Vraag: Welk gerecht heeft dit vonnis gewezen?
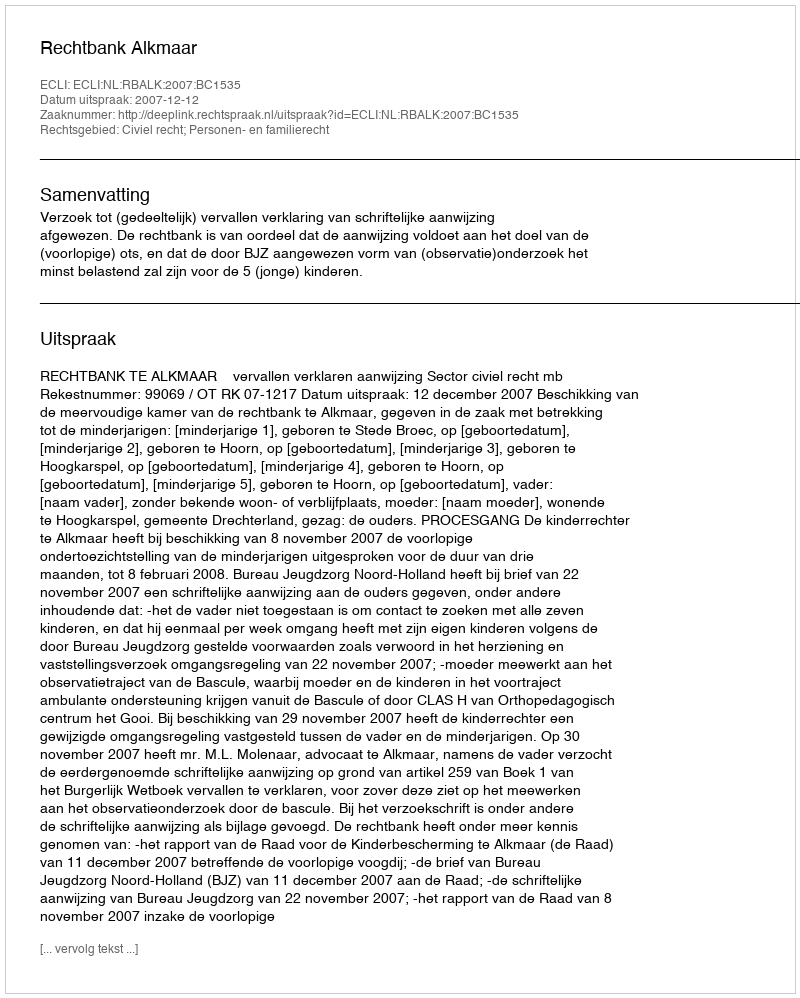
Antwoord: Rechtbank Alkmaar